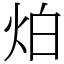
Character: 𤇢